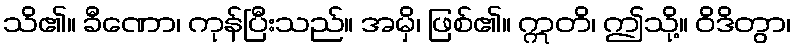
သိ၏။ ခီဏော၊ ကုန်ပြီးသည်။ အမှိ၊ ဖြစ်၏။ ဣတိ၊ ဤသို့။ ဝိဒိတွာ၊